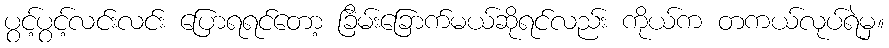
ပွင့်ပွင့်လင်းလင်း ပြောရရင်တော့ ခြိမ်းခြောက်မယ်ဆိုရင်လည်း ကိုယ်က တကယ်လုပ်ရဲမှ။